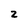
Character: z